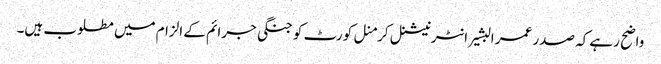
واضح رہے کہ صدر عمر البشیر انٹرنیشنل کرمنل کورٹ کو جنگی جرائم کے الزام میں مطلوب ہیں۔